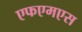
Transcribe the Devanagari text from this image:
एफएमएस